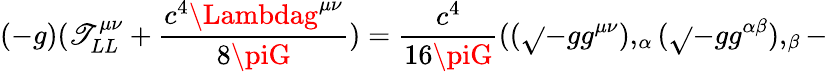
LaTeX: (-g)(\mathscr{T}_{LL}^{\mu\nu}+{\frac{{c^{4}\Lambdag^{\mu\nu}}}{{8\piG}}})={\frac{{c^{4}}}{{16\piG}}}(({\sqrt{}{{-g}}}g^{\mu\nu}),_{\alpha}({\sqrt{}{{-g}}}g^{\alpha\beta}),_{\beta}-